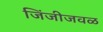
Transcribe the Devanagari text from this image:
जिंजीजवळ